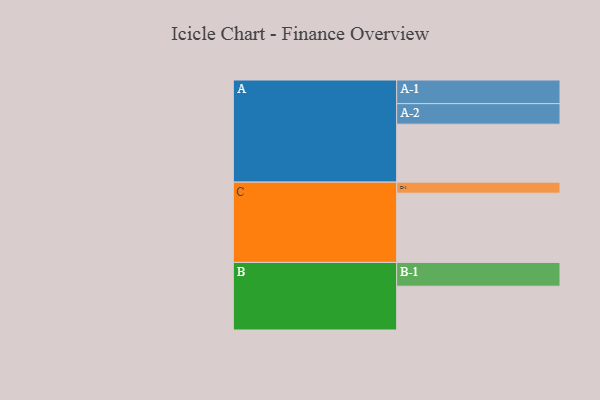
{"axis": {"x": "Segment", "y": "Value"}, "legend": ["", "A", "B", "C"], "data": [{"x": "A", "y": 446, "type": ""}, {"x": "B", "y": 337, "type": ""}, {"x": "C", "y": 533, "type": ""}, {"x": "A-1", "y": 182, "type": "A"}, {"x": "A-2", "y": 158, "type": "A"}, {"x": "B-1", "y": 183, "type": "B"}, {"x": "C-1", "y": 85, "type": "C"}]}